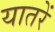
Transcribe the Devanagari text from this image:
यातरें